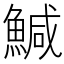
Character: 鰔